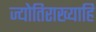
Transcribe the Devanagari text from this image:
ज्योतिराख्याहि